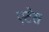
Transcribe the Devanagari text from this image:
एटेस